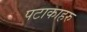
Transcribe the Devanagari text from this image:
पटाकाहरु